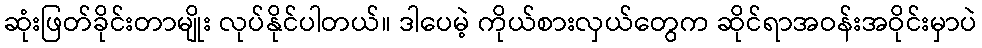
ဆုံးဖြတ်ခိုင်းတာမျိုး လုပ်နိုင်ပါတယ်။ ဒါပေမဲ့ ကိုယ်စားလှယ်တွေက ဆိုင်ရာအဝန်းအဝိုင်းမှာပဲ